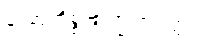
လောဟိစ္စဗြာဟ္မဏဝတ္ထု